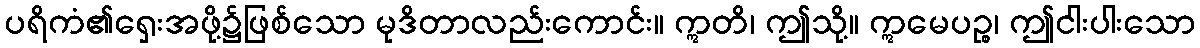
ပရိကံ၏ရှေးအဖို့၌ဖြစ်သော မုဒိတာလည်းကောင်း။ ဣတိ၊ ဤသို့။ ဣမေပဉ္စ၊ ဤငါးပါးသော